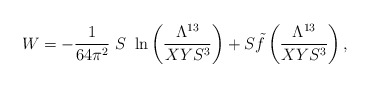
\begin{align*}W = - {1 \over {64\pi^2}} \ S \ \ln \left( {{\Lambda^{13}} \over {XYS^3}} \right) + S {\tilde f} \left( {{\Lambda^{13}} \over {XYS^3}} \right),\end{align*}